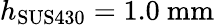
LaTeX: h_{\mathrm{SUS430}}=1.0\ \mathrm{mm}